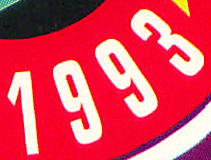
1993